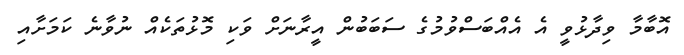
އޮބާމާ ވިދާޅުވީ އެ އެއްބަސްވުމުގެ ސަބަބުން އީރާނަށް ވަކި މޮޅުތަކެއް ނުވާނެ ކަމަށާއި